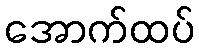
အောက်ထပ်